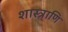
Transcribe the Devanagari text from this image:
शास्त्राणि